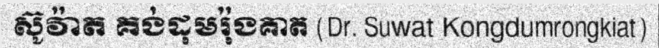
ស៊ូវ៉ាត គង់ដុមរ៉ុងគាត (Dr. Suwat Kongdumrongkiat)